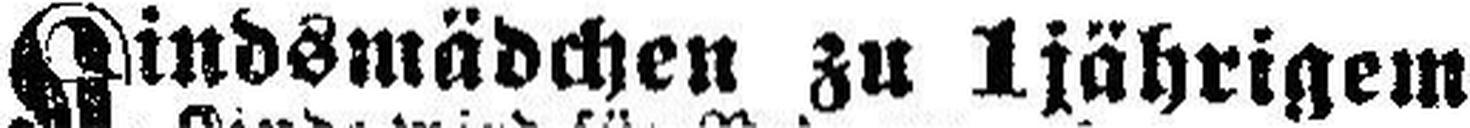
Kindsmädchen zu 1jährigem